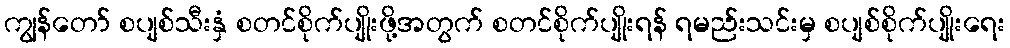
ကျွန်တော် စပျစ်သီးနှံ စတင်စိုက်ပျိုးဖို့အတွက် စတင်စိုက်ပျိုးရန် ရမည်းသင်းမှ စပျစ်စိုက်ပျိုးရေး